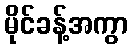
မိုင်ခန့်အကွာ